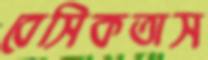
বেসিকতাস